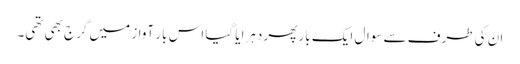
ان کی طرف سے سوال ایک بار پھر دہرایا گیا اس بار آواز میں گرج بھی تھی۔